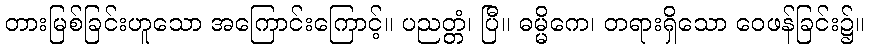
တားမြစ်ခြင်းဟူသော အကြောင်းကြောင့်။ ပညတ္တံ၊ ပြီ။ ဓမ္မိကေ၊ တရားရှိသော ဝေဖန်ခြင်း၌။